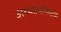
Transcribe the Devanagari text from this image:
अध्यात्मनिर्माण